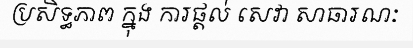
ប្រសិទ្ធភាព ក្នុង ការផ្តល់ សេវា សាធារណៈ